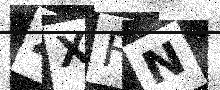
Text: ZXFN